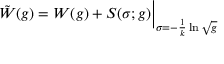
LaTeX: \tilde { W } ( g ) = W ( g ) + S ( \sigma ; g ) \bigg \vert _ { \sigma = - \frac { 1 } { k } \ln \sqrt { g } }